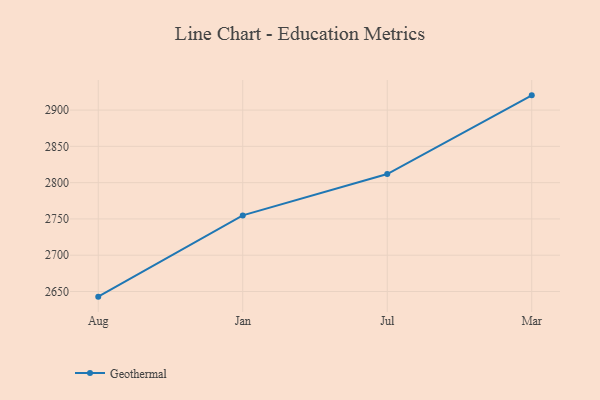
{"axis": {"x": "Month", "y": "Demand Index"}, "legend": ["Geothermal"], "data": [{"x": "Aug", "y": 2642.9, "type": "Geothermal"}, {"x": "Jan", "y": 2754.9, "type": "Geothermal"}, {"x": "Jul", "y": 2811.8, "type": "Geothermal"}, {"x": "Mar", "y": 2920.3, "type": "Geothermal"}]}